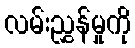
လမ်းညွှန်မှုကို